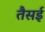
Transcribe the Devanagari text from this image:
तैसई